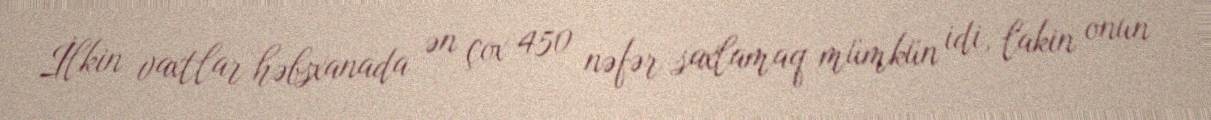
İlkin vaxtlar həbsxanada ən çox 450 nəfər saxlamaq mümkün idi, lakin onun